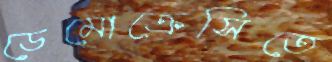
ডেমোক্রেসিতে